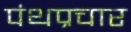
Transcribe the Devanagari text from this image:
पंथप्रचार